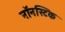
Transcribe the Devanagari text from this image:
नॉनस्टिक